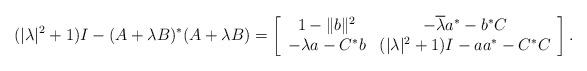
LaTeX: \begin{align*}(|\lambda|^2+1)I-(A+\lambda B)^*(A+\lambda B)=\left[\begin{array}{cc}1-\|b\|^2&-\overline{\lambda}a^*-b^*C\\-\lambda a-C^*b&(|\lambda|^2+1)I-aa^*-C^*C\end{array}\right].\end{align*}